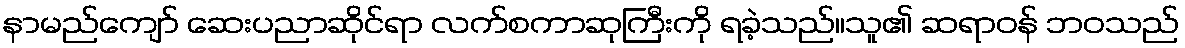
နာမည်ကျော် ဆေးပညာဆိုင်ရာ လက်စကာဆုကြီးကို ရခဲ့သည်။သူ၏ ဆရာဝန် ဘဝသည်